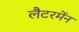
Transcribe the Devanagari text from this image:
लैटरमेंन